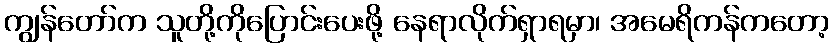
ကျွန်တော်က သူတို့ကိုပြောင်းပေးဖို့ နေရာလိုက်ရှာရမှာ၊ အမေရိကန်ကတော့